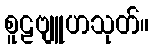
စူဠဗျူဟသုတ်။